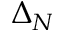
\Delta _ { N }